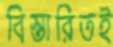
বিস্তারিতই